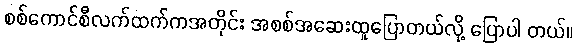
စစ်ကောင်စီလက်ထက်ကအတိုင်း အစစ်အဆေးထူပြောတယ်လို့ ပြောပါ တယ်။